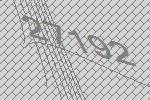
27192